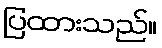
ပြထားသည်။